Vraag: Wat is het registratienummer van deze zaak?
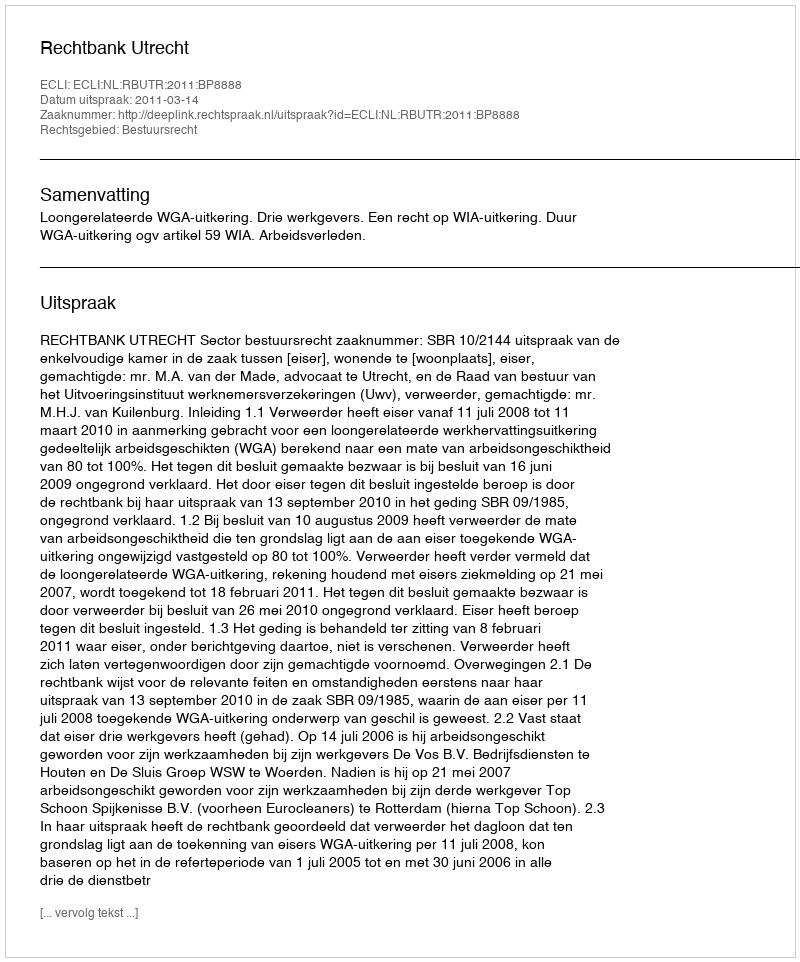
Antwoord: http://deeplink.rechtspraak.nl/uitspraak?id=ECLI:NL:RBUTR:2011:BP8888